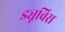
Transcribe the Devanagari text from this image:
ड्यूविस